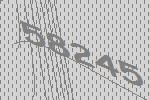
58245